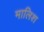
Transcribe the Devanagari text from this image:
मालिश्‍ा